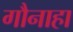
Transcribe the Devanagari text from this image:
गौनाहा